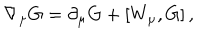
LaTeX: \nabla _ { \mu } G = \partial _ { \mu } G + \left[ W _ { \mu } , G \right] ,